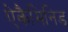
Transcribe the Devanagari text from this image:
ऐकैमिनिड